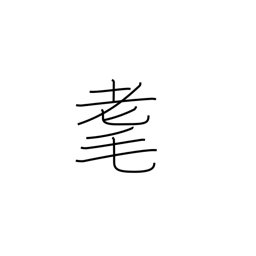
Meaning: senility